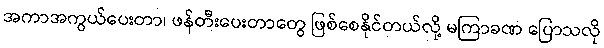
အကာအကွယ်ပေးတာ၊ ဖန်တီးပေးတာတွေ ဖြစ်စေနိုင်တယ်လို့ မကြာခဏ ပြောသလို